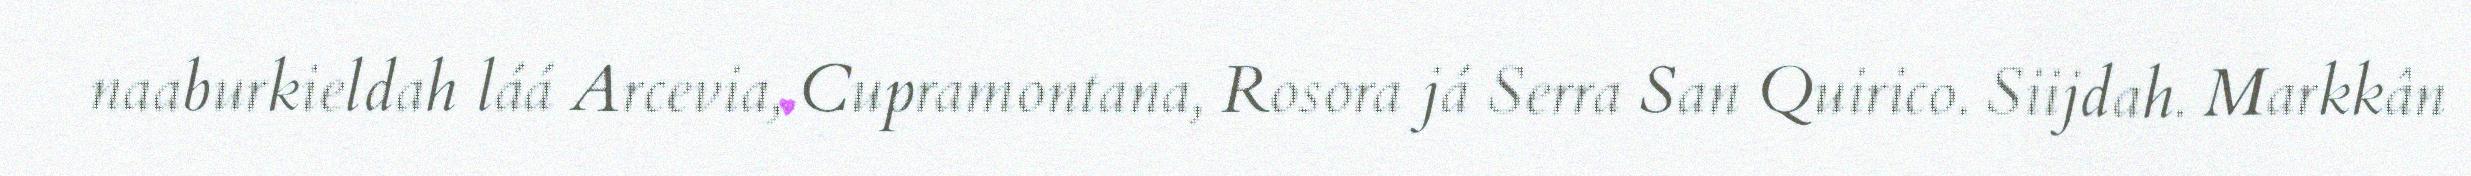
naaburkieldah láá Arcevia, Cupramontana, Rosora já Serra San Quirico. Siijdah. Markkân